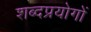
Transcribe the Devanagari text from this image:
शब्दप्रयोगों